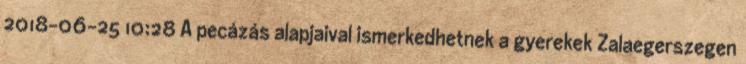
2018-06-25 10:28 A pecázás alapjaival ismerkedhetnek a gyerekek Zalaegerszegen